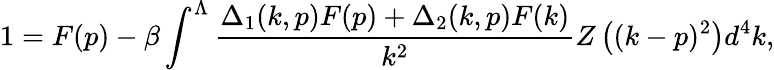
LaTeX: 1=F(p)-\beta\int^{\Lambda}\frac{\Delta_{1}(k,p)F(p)+\Delta_{2}(k,p)F(k)}{k^{2}}Z\left((k-p)^{2}\right)d^{4}k,